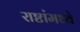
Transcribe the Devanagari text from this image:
राष्टांमध्ये